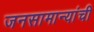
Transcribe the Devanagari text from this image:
जनसामान्यांची